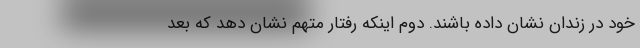
خود در زندان نشان داده باشند. دوم اینکه رفتار متهم نشان دهد که بعد